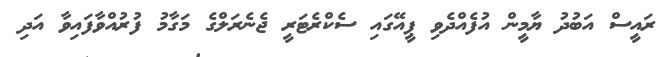
ރައީސް އަބުދު ޔާމީން އުފެއްދެވި ޕީއޭގައި ސެކްރެޓަރީ ޖެނެރަލްގެ މަގާމު ފުރުއްވާފައިވާ އަދި